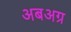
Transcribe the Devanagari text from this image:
अबअग्र